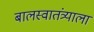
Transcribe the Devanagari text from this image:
बालस्वातंत्र्याला